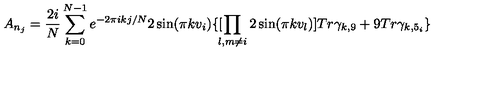
A _ { n _ { j } } = \frac { 2 i } { N } \sum _ { k = 0 } ^ { N - 1 } e ^ { - 2 \pi i k j / N } 2 \sin ( \pi k v _ { i } ) \{ [ \! \! \prod _ { l , m \not = i } 2 \sin ( \pi k v _ { l } ) ] T r \gamma _ { k , 9 } + 9 T r \gamma _ { k , 5 _ { i } } \}